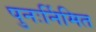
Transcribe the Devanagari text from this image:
पुनःर्निमित